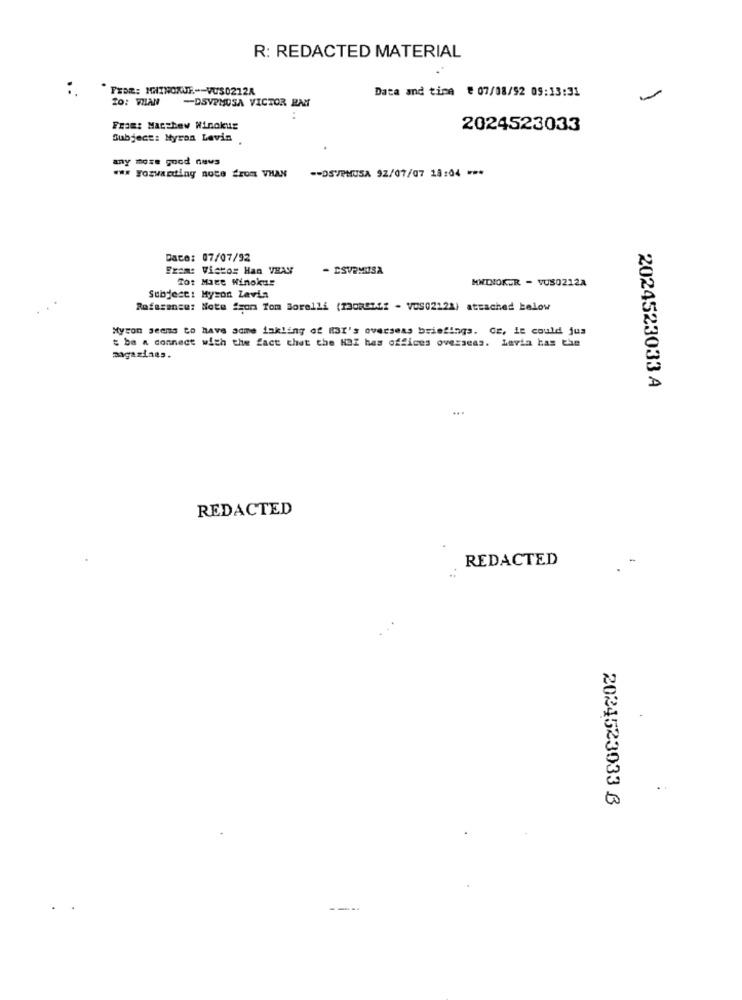
R: REDACTED MATERIAL
From: MAINOKUF .-- VUS0212A
Data and time # 07/08/92 09:13:31
-DSVPMUSA VICTOR RAM
From: Maczhew Winokur
2024523033
Subject: Myron Levin .
any more good news
www yozwarding note from VHAN
-- DSVPMUSA 92/07/07 18:04 ***
Daco: 07/07/92
From: Vistos Han VEAS
- ESVRMUSA
Tot Mace Winokus
MWTNOKUR - VUS0212A
Subject: Myzon Zavin
Rofarense: Note ison Tom Borelli (13ORGIEf - VOS0212A) attached below
Myron seems to have some inkling of MBI's overseas briefings. Ce, le could jus
t ba a connect with the fact that the HaZ has offices overseas. Lavia has the
magazines.
2024523033 A
REDACTED
-
REDACTED
.
..
2024523033 3